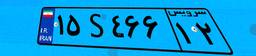
۱۵S۴۶۶۱۲